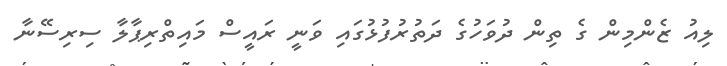
ލިއު ޒެންމިން ގެ ތިން ދުވަހުގެ ދަތުރުފުޅުގައި ވަނީ ރައީސް މައިތްރިޕާލާ ސިރިސޭނާ